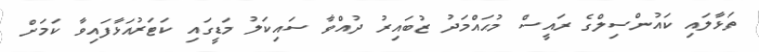
ތަޅާލައި ކައުންސިލްގެ ރައީސް މުޙައްމަދު ޒުބައިރު ދުއްވާ ސައިކަލު މަޑީގައި ކަޓަރުއަޅާފައިވާ ކަމަށް